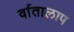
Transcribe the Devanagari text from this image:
र्वातालाप